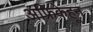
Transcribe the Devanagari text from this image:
अफ्रिकेहून